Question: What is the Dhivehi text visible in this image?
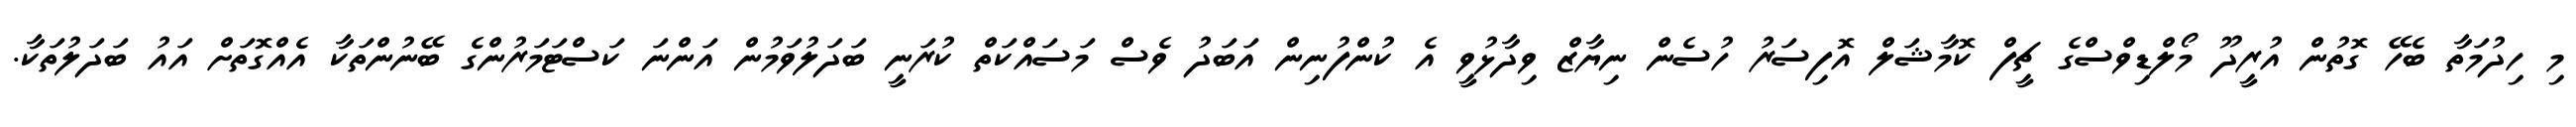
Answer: މި ހިދުމަތާ ބެހޭ ގޮތުން އުރީދޫ މޯލްޑިވްސްގެ ޗީފް ކޮމާޝަލް އޮފިސަރު ހުސެން ނިޔާޒް ވިދާޅުވީ އެ ކުންފުނިން އަބަދު ވެސް މަސައްކަތް ކުރަނީ ބަދަލުވަމުން އަންނަ ކަސްޓަމަރުންގެ ބޭނުންތަކާ އެއްގޮތަށް އައު ބަދަލުތަކާ.